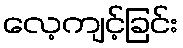
လေ့ကျင့်ခြင်း